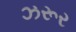
ઝરૂર